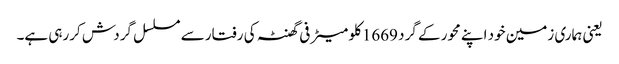
یعنی ہماری زمین خود اپنے محور کے گرد 1669کلو میٹر فی گھنٹہ کی رفتار سے مسلسل گردش کررہی ہے۔